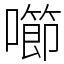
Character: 㘉